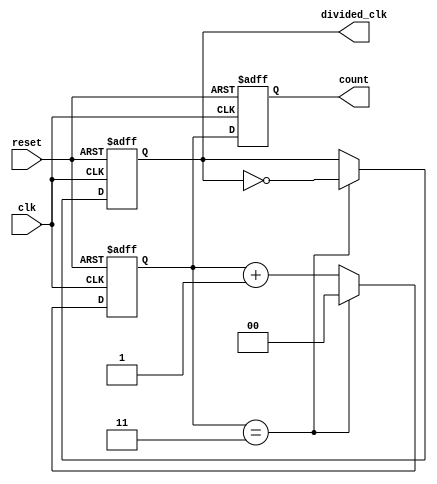
module divide_by_n_counter #(
    parameter N = 4  // Define the division factor (should be > 1)
) (
    input wire clk,          // Clock signal
    input wire reset,        // Asynchronous reset signal
    output reg [clog2(N)-1:0] count, // Current count value
    output reg divided_clk    // Divided clock output
);

// Calculate the log2 of N for the size of the count register
function integer clog2;
    input integer value;
    begin
        value = value - 1;
        for (clog2 = 0; value > 0; clog2 = clog2 + 1)
            value = value >> 1;
    end
endfunction

// Internal counter to keep track of count
reg [clog2(N)-1:0] counter;

// Always block to handle counting and divided clock generation
always @(posedge clk or posedge reset) begin
    if (reset) begin
        counter <= 0;         // Reset counter
        count <= 0;           // Reset output count
        divided_clk <= 0;     // Reset divided clock
    end else begin
        if (counter == (N - 1)) begin
            counter <= 0;      // Reset counter
            divided_clk <= ~divided_clk; // Toggle divided clock
        end else begin
            counter <= counter + 1; // Increment counter
        end
        count <= counter;      // Update output count
    end
end

endmodule